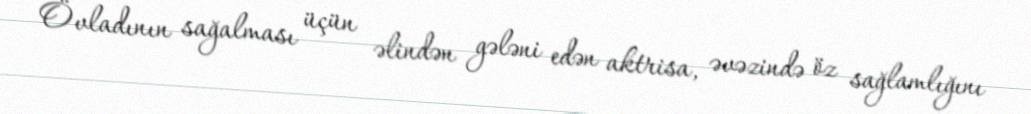
Övladının sağalması üçün əlindən gələni edən aktrisa, əvəzində öz sağlamlığını